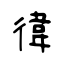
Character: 徫